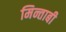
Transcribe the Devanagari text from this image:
मिन्ताबी